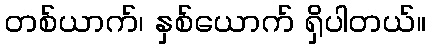
တစ်ယာက်၊ နှစ်ယောက် ရှိပါတယ်။